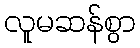
လူမဆန်စွာ